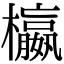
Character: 𣟅